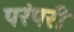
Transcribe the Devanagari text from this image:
परंपरी